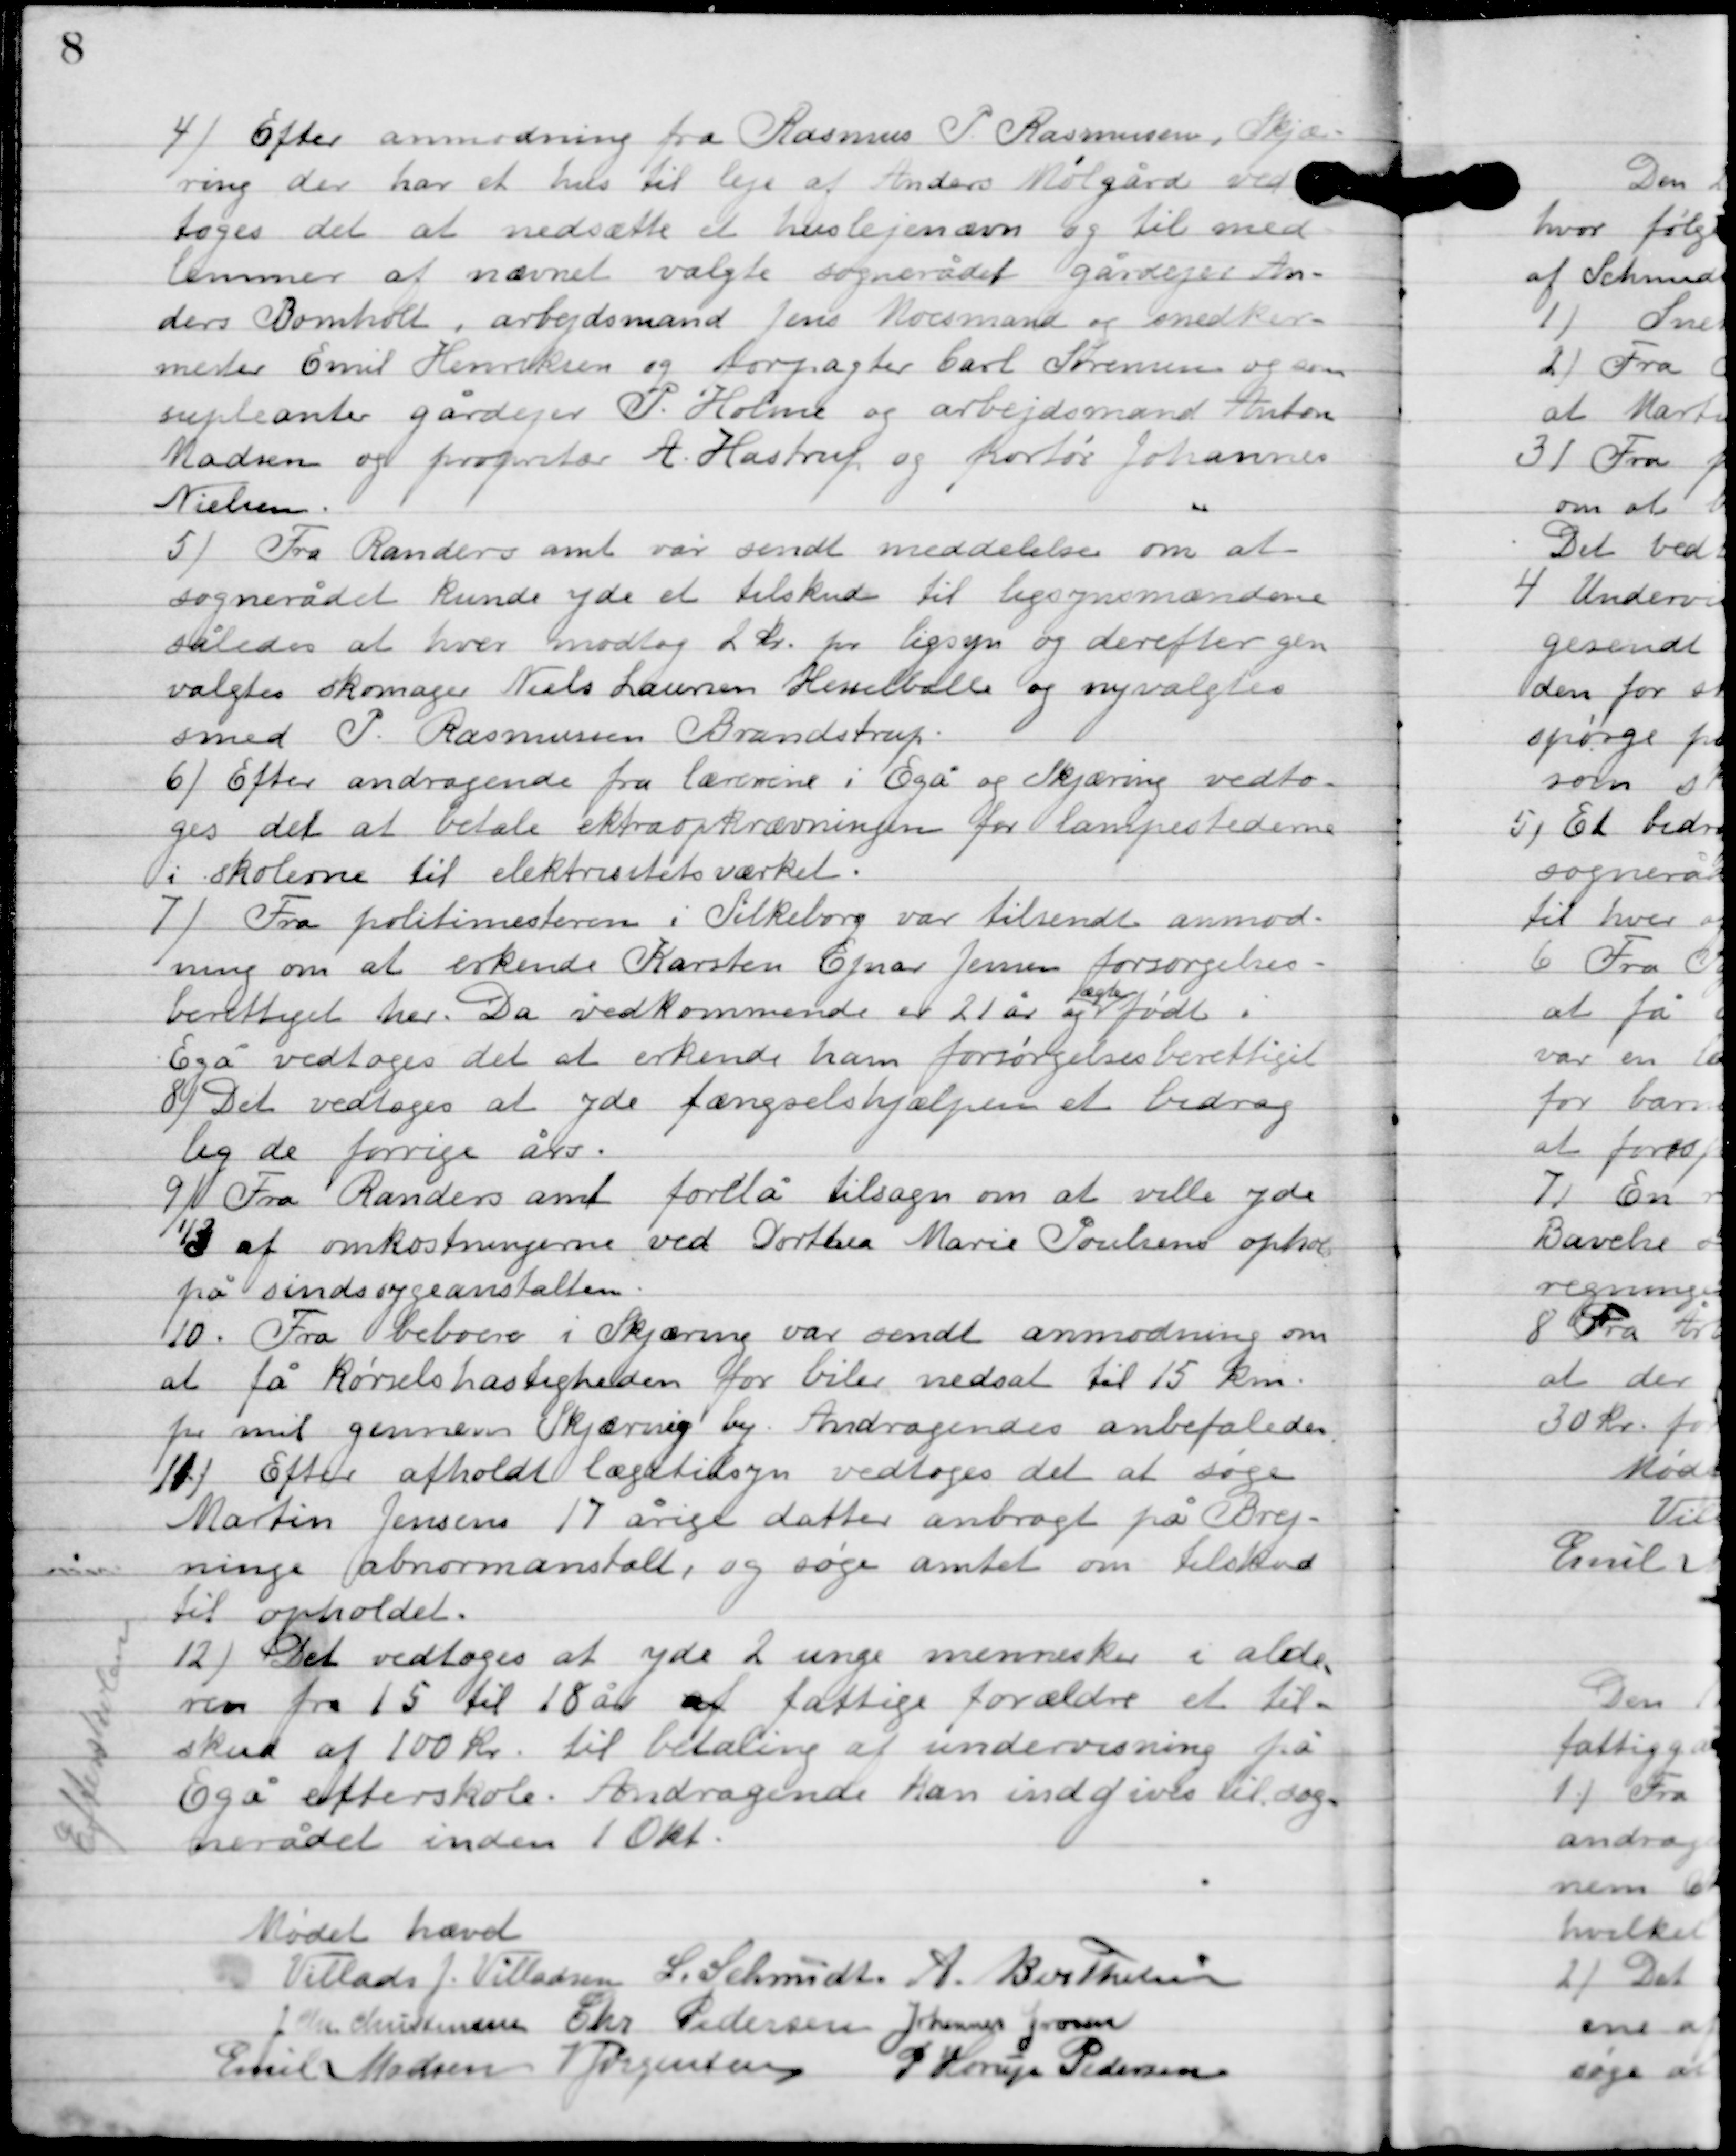
Transskription:
4

Efter anmodning fra Rasmus P. Rasmusen, Skjæ-
ring der har et hus til leje af Anders Mølgård ved-
toges det at nedsætte et huslejenævn og til med-
lemmer af nævnet vægte sognerådet gårdejer An-
ders Bomholt, arbejdsmand Jens Moesmand og snedker
mester Emil Henriksen og forpagter Carl Sørensen og som
suppleanter gårdejer P. Holme og arbejdsmand Anton
Madsen og forpagter A. Hastrup og portør Johannes
Nielsen.

5

Fra Randers Amt var sendt meddelelse om at
sognerådet kunde yde et tilskud til ligsynsmændene
således at hver modtog 2 kr. pr. ligsyn og derefter gen-
valgtes skomager Niels Laursen Hesselballe og nyvalgtes
smed P. Rasmussen Brandstrup.

6

Efter andragende fra lærerne i Egå og Skæring vedto-
ges det at betale ekstraopkrævningen for lampestederne
i skolerne til elektricitets værket.

7

Fra politimesteren i Silieborg var tilsendt anmod-
ning om at erkende Karsten Ejnar Jensen forsørgelses
berettiget her.
Da vedkommende er 21 år og ægte født i
Egå vedtoges det at erkende ham forsørgelseberettiget.

8

Det vedtoges at yde fængselshjælpen et bedrag
lig de forrige års.

9

Fra Randers amt forelå tilsagn om at ville yde
½ af omkostningerne ved Dorthe Marie Poulsens ophold
på sindssygeanstalten.

10

Fra beboere i skæring var sendt anmodning om
at få kørselshastigheden for biler nedsat til 15 km
for mit gennem skæring by. Andragendes an befaledes.

11

Efter afholdt lægetilsyn vedtoges det at søge
Matin Jensen 17 årige datter anbragt på Brej-
ning abnormanstalt, og søge amtet om tilskud
til opholdet.

12

Det vedtoges at yde 2 unge mennesker i alde-
ren fra 15 til 18 år af fattige forældre et til-
skud af 100 kr. til betaling af undervisning på
Egå efterskole. Andragende kan indgives til sog-
nerådet inden 1 okt.

Mødet hævet

A. Berthelsen
L. Schmidt
A. Berthelsen
J. Chr. Christensen
Chr. Pedersen
Johannes Grosen
Emil Madsen
V. Jørgensen
P. Henry Pedersen